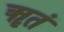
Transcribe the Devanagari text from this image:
ॠतं